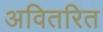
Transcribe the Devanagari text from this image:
अवितरित